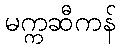
မက္ကဆီကန်